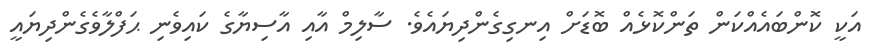
އަކީ ކޮންބައެއްކަން ތަންކޮޅެއް ބޮޑަށް އިނގިގެންދިޔައެވެ. ސާލިމް އާއި އާސިޔާގެ ކައިވެނި ޙަފްލާވެގެންދިޔައީ